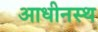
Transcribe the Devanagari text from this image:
आधीनस्थ